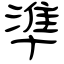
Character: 準